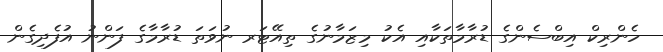
ހެންރިކް އިބްސެންގެ ޑުރާމާތަކާއި އެކު މިޒަމާނުގެ ތިއޭޓަރ ނުވަތަ ޑުރާމާގެ ފަންނު އުފެދިގެން